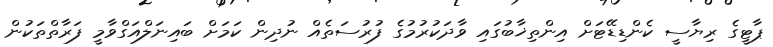
ޕާޓީގެ ރިޔާސީ ކެންޑިޑޭޓަށް އިންތިޚާބުގައި ވާދަކުރުމުގެ ފުރުސަތެއް ނުދިން ކަމަށް ބައިނަލްއަގްވާމީ ފަރާތްތަކުން